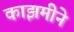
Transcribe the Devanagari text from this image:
काझमीने